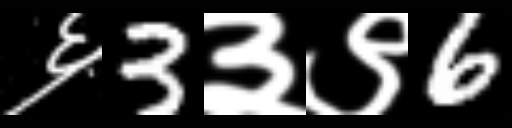
Text: ६3३९6